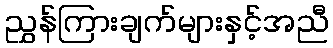
ညွှန်ကြားချက်များနှင့်အညီ